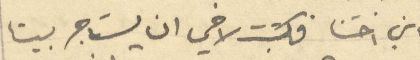
ابن اختنا فكتبت لاخي ان يستاجر بيتا